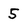
Character: 5